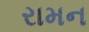
રામન